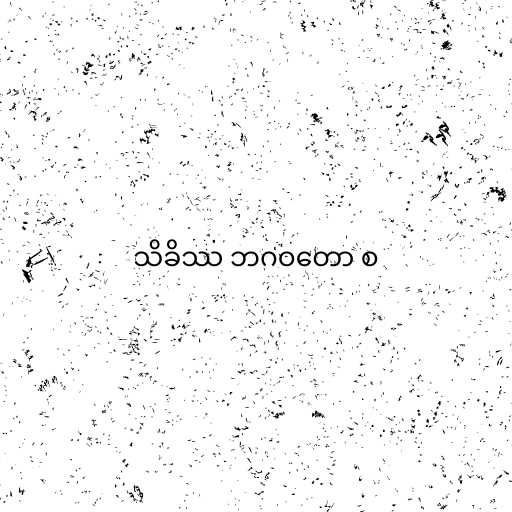
သိခိဿ ဘဂဝတော စ